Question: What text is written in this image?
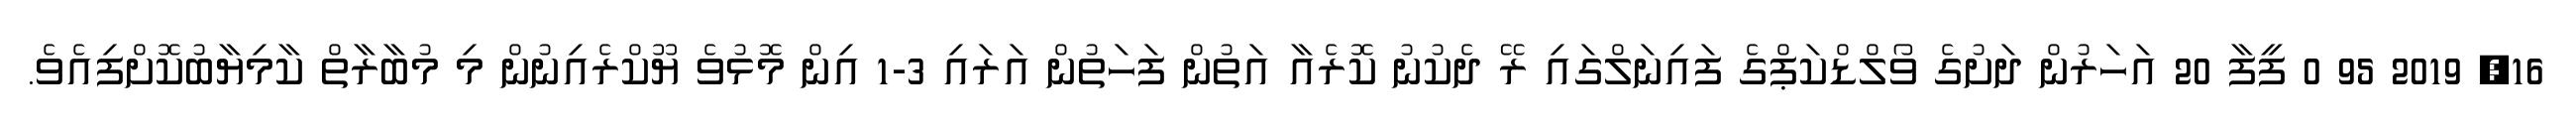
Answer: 16, 2019 95 0 ފީފާ 20 އަހަރުން ދަށުގެ ވޯލްޑްކަޕްގެ ފައިނަލްގައި ރޭ ދެކުނު ކޮރެއާ އަތުން ފަހަތުން އަރައި 3-1 އިން މޮޅުވެ ޔޫކްރެއިނުން މި މުބާރާތް ކާމިޔާބުކޮށްފިއެވެ.